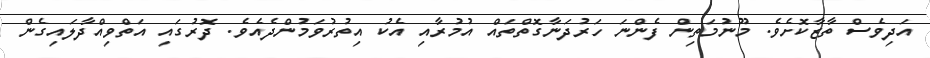
އަދިވެސް ތާޒާކޮށެވެ. މޫނުމަތިން ފެންނަ ހަރުދަނާގޮތްތައް އުމުރާއި އެކު އިތުރުވަމުންދެއެވެ. ދޮރުގައި އަތްވިއްދާލައިގެން